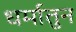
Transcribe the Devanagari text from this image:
धर्मातुन